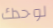
لوحدك